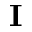
{ \bf I }